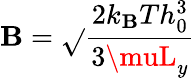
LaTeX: \mathbf{B}=\sqrt{}{{\frac{{2k_{\mathbf{B}}Th_{0}^{3}}}{{3\muL_{y}}}}}